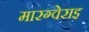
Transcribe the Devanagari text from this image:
मारग्वेराइ